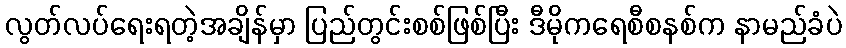
လွတ်လပ်ရေးရတဲ့အချိန်မှာ ပြည်တွင်းစစ်ဖြစ်ပြီး ဒီမိုကရေစီစနစ်က နာမည်ခံပဲ